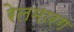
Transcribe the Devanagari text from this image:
रेलमारग